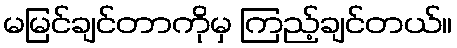
မမြင်ချင်တာကိုမှ ကြည့်ချင်တယ်။